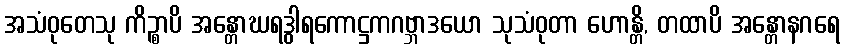
အသံဝုတေသု ကိဉ္စာပိ အန္တောဃရဒွါရကောဋ္ဌကဂဗ္ဘာဒယော သုသံဝုတာ ဟောန္တိ, တထာပိ အန္တောနဂရေ